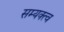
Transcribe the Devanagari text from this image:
सम्यक्त्व